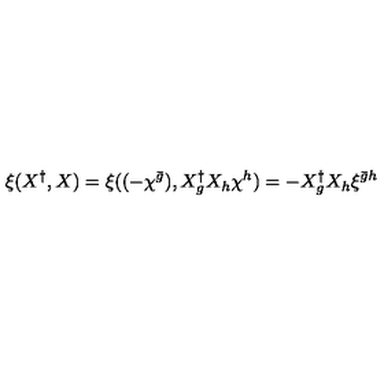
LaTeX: \xi ( X ^ { \dag } , X ) = \xi ( ( - \chi ^ { \bar { g } } ) , X _ { g } ^ { \dag } X _ { h } \chi ^ { h } ) = - X _ { g } ^ { \dag } X _ { h } \xi ^ { { \bar { g } } h }